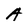
Character: A